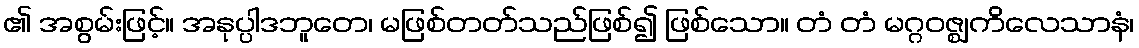
၏ အစွမ်းဖြင့်။ အနုပ္ပါဒဘူတေ၊ မဖြစ်တတ်သည်ဖြစ်၍ ဖြစ်သော။ တံ တံ မဂ္ဂဝဇ္ဈကိလေသာနံ၊